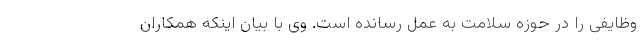
وظایفی را در حوزه سلامت به عمل رسانده است. وی با بیان اینکه همکاران